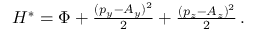
\begin{array} { r } { H ^ { * } = \Phi + \frac { ( p _ { y } - A _ { y } ) ^ { 2 } } { 2 } + \frac { ( p _ { z } - A _ { z } ) ^ { 2 } } { 2 } \, . } \end{array}